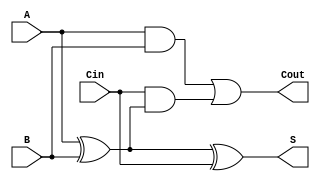
module FullAdder (
    input A,        // First input bit
    input B,        // Second input bit
    input Cin,      // Carry input
    output S,       // Sum output
    output Cout     // Carry output
);
    assign S = A ^ B ^ Cin; // Sum: A XOR B XOR Cin
    assign Cout = (A & B) | (Cin & (A ^ B)); // Carry: (A AND B) OR (Cin AND (A XOR B))
endmodule